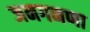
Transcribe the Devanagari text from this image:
जनगनणा